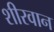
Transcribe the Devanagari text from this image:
शीरवान